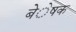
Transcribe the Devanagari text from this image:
बेेेेेषक